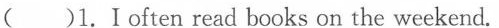
()1.Ioften read books on the weekend.